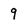
Character: 9